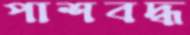
পাশবদ্ধ